Report on vaccination in Madras 1895-1903 - 1895-1903
Year: 1895
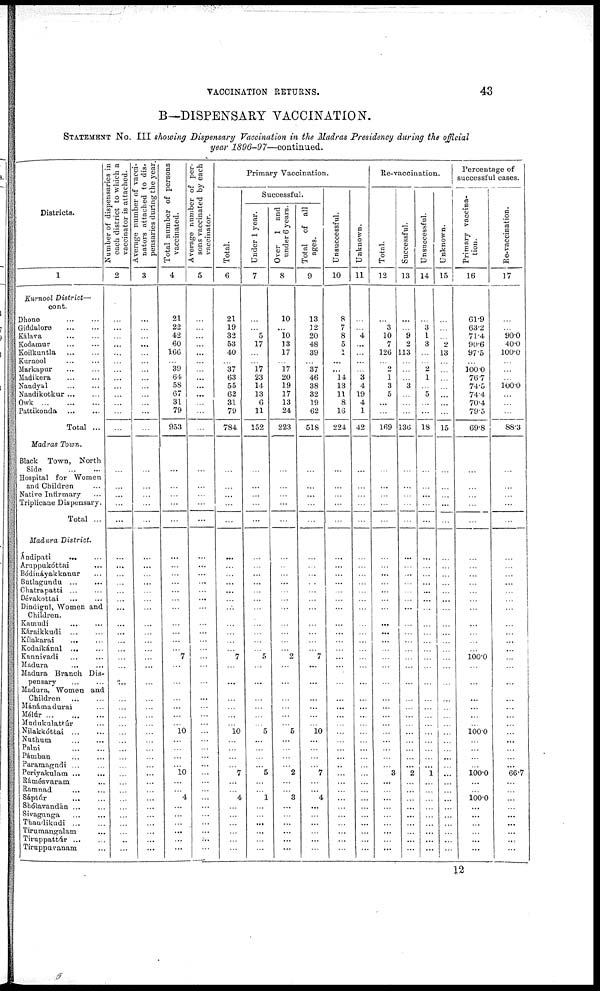
VACCINATION RETURNS.
43
B—DISPENSARY VACCINATION.
STATEMENT No. III showing Dispensary Vaccination in the Madras Presidency during the official
year 1896-97—continued.
Districts.
1
Kurnool District—
cont.
Dhone
...
...
Giddalore
...
...
Kàlava
...
...
Kodamur
...
...
Koilkuntla
...
...
Kuraool ... ...
Markapar
...
...
Madikera
...
...
Nandyal
...
...
Nandikotkur ... ...
Owk
...
...
...
Pattikonda
...
...
Total ...
Madras Town.
Black Town, North
Side
...
...
Hospital for Women
and Children ...
Native Infirmary ...
Triplicane Dispensary.
Total ...
Madura District.
Ándipati ... ...
Aruppukóttai ...
Bódináyakkanur ...
Butlagundu
...
...
Chatrapatti ... ...
Dévakottai ... ...
Dindigul, Women and
Children.
Kamudi ... ...
Kàraikkudi ... ...
Kílakarai
... ...
Kodaikánal ... ...
Kannivadi ... ...
Madura
...
...
Madura Branch Dis-
pensary
...
...
Madura, Women and
Children ... ...
Mánámadurai ...
Mélúr
...
...
...
Mudukulattúr ...
Nilakkóttai
...
...
Nuthum ... ...
Palni
...
...
Pàmban
...
...
Paramagudi ... ...
Periyakulam ... ...
Rámésvaram
...
Ramnad
...
Sáptúr
...
...
Shólavandán ... ...
Sivaganga
...
...
Thandikudi
...
...
Tirumangalam ...
Tiruppattúr ... ...
Tiruppuvanam ...
Number of dispensaries in
each district to which a
vaccinator is attached.
2
...
...
...
...
...
...
...
...
...
...
...
...
...
...
...
...
...
...
...
...
...
...
...
...
...
...
...
...
...
...
...
...
...
...
...
...
...
...
...
...
...
...
...
...
...
...
...
...
...
...
...
...
Average number of vacci¬
nators attached to dis-
pensaries during the year.
3
...
...
...
...
...
...
...
...
...
...
...
...
...
...
...
...
...
...
...
...
...
...
...
...
...
...
...
...
...
...
...
...
...
...
...
...
...
...
...
...
...
...
...
...
...
...
...
...
...
...
...
...
Total number of persons
vaccinated.
4
21
22
42
60
166
...
39
64
58
67
31
79
953
...
...
...
...
...
...
...
...
...
...
...
...
...
...
...
...
...
7
...
...
...
...
...
...
10
...
...
...
...
10
...
...
4
...
...
...
...
...
...
Average number of per-
sons vaccinated by each
vaccinator.
5
...
...
...
...
...
...
...
...
...
...
...
...
...
...
...
...
...
...
...
...
...
...
...
...
...
...
...
...
...
...
...
...
...
...
...
...
...
...
...
...
...
...
...
...
...
...
...
...
...
...
...
...
Primary Vaccination.
Total.
6
21
19
32
53
40
...
37
63
55
62
31
79
784
...
...
...
...
...
...
...
...
...
...
...
...
...
...
...
...
...
7
...
...
...
...
...
...
10
...
...
...
...
7
...
...
4
...
...
...
...
...
...
Successful.
Under 1 year.
7
...
...
5
17
...
...
l7
23
14
13
6
11
152
...
...
...
...
...
...
...
...
...
...
...
...
...
...
...
...
...
5
...
...
...
...
...
...
5
...
...
...
...
5
...
...
1
...
...
...
...
...
...
Over 1 and
under 6 years.
8
10
...
10
13
17
...
17
20
19
17
13
24
223
...
...
...
...
...
...
...
...
...
...
...
...
...
...
...
...
...
2
...
...
...
...
...
...
5
...
...
...
...
2
...
...
3
...
...
...
...
...
...
Total of all
ages.
9
13
12
20
48
39
...
37
46
38
32
19
62
518
...
...
...
...
...
...
...
...
...
...
...
...
...
...
...
...
...
7
...
...
...
...
...
...
10
...
...
...
...
7
...
...
4
...
...
...
...
...
...
Unsuccessful.
10
8
7
8
5
1
...
...
14
13
11
8
16
224
...
...
...
...
...
...
...
...
...
...
...
...
...
...
...
...
...
...
...
...
...
...
...
...
...
...
...
...
...
...
...
...
...
...
...
...
...
...
...
Unknown.
11
...
...
4
...
...
...
...
3
4
19
4
1
42
...
...
...
...
...
...
...
...
...
...
...
...
...
...
...
...
...
...
...
...
...
...
...
...
...
...
...
...
...
...
...
...
...
...
...
...
...
...
...
Re-vaccination.
Total.
12
...
3
10
7
126
...
2
1 3
5
...
...
169
...
...
...
...
...
...
...
...
...
...
...
...
...
...
...
...
...
...
...
...
...
...
...
...
...
...
...
...
...
3
...
...
...
...
...
...
...
...
...
Successful.
13
...
...
9
2
113
...
...
...
3
...
...
...
136
...
...
...
...
...
...
...
...
...
...
...
...
...
...
...
...
...
...
...
...
...
...
...
...
...
...
...
...
...
2
...
...
...
...
...
...
...
...
...
Unsuccessful.
14
...
3
1
3
...
...
2
1
...
5
...
...
18
...
...
...
...
...
...
...
...
...
...
...
...
...
...
...
...
...
...
...
...
...
...
...
...
...
...
...
...
...
1
...
...
...
...
...
...
...
...
...
Unknown.
15
...
...
...
2
13
...
...
...
...
...
...
...
15
...
...
...
...
...
...
...
...
...
...
...
...
...
...
...
...
...
...
...
...
...
...
...
...
...
...
...
...
...
...
...
...
...
...
...
...
...
...
...
Percentage of
successful cases.
Primary vaccina-
tion.
16
61.9
63.2
71.4
90.6
97.5
...
100.0
76.7
74.5
74.4
70.4
79.5
69.8
...
...
...
...
...
...
...
...
...
...
...
...
...
...
...
...
...
100.0
...
...
...
...
...
...
100.0
...
...
...
...
100.0
...
...
100.0
...
...
...
...
...
...
Re-vaccination.
17
...
...
90.0
40.0
100.0
...
...
...
100.0
...
...
...
88.3
...
...
...
...
...
...
...
...
...
...
...
...
...
...
...
...
...
...
...
...
...
...
...
...
...
...
...
...
...
66.7
...
...
...
...
...
...
...
...
...
12